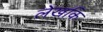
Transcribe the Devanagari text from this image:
लेखकि